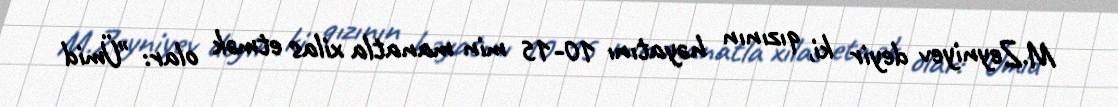
M.Zeyniyev deyir ki, qızının həyatını 10-15 min manatla xilas etmək olar: "Ümid